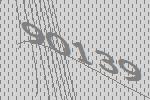
90139